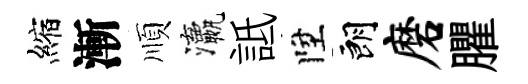
縮漸順瀛詆陞朗磨臞